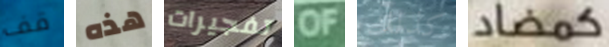
قف هذه تفجيرات OF كذلك كمضاد